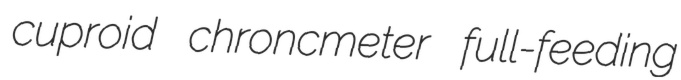
cuproid chroncmeter full-feeding